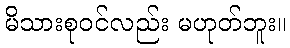
မိသားစုဝင်လည်း မဟုတ်ဘူး။